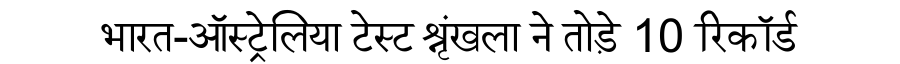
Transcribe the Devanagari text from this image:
भारत-ऑस्ट्रेलिया टेस्ट श्रृंखला ने तोड़े 10 रिकॉर्ड